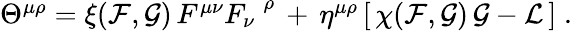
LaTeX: \begin{array}{r}{\Theta^{\mu\rho}=\xi({\cal F},{\cal G})\, F^{\mu\nu}F_{\nu}^{\; \; \rho}\, +\, \eta^{\mu\rho}\left[\, \chi({\cal F},{\cal G})\, {\cal G}-{\cal L}\, \right]\; .}\end{array}